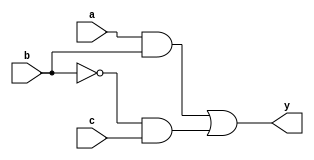
module combinational_logic (
    input wire a,        // Single-bit input
    input wire b,        // Single-bit input
    input wire c,        // Single-bit input
    output reg y         // Single-bit output
);

    // Always block to describe combinational logic
    always @* begin
        // Combinational logic expression
        y = (a & b) | (~b & c);  // Example: y is true if (a AND b) OR (NOT b AND c)
    end

endmodule